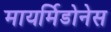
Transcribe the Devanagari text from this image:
मायर्मिडोनेस